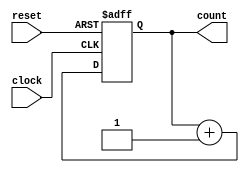
module counter (
    input wire clock,
    input wire reset,
    output reg [7:0] count
);

always @(posedge clock or posedge reset) begin
    if (reset) begin
        count <= 8'd0;
    end else begin
        count <= count + 1;
    end
end

endmodule